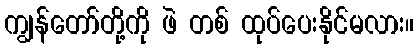
ကျွန်တော်တို့ကို ဖဲ တစ် ထုပ်ပေးနိုင်မလား။